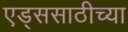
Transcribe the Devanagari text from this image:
एड्ससाठीच्या